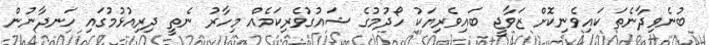
ބުނެވިދާނެތަ ކައިވެނިކޮށް ޒަވާޖީ ބައިވެރިޔަކު ހޯދުމުގެ ޝައުގުވެރިކަމެއް މިހާރު ނެތީ ދިރިއުޅުމުގައި ހަނދާނުން